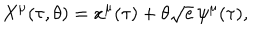
X ^ { \mu } { } ( \tau { } , \theta { } ) = x ^ { \mu } { } ( \tau { } ) + \theta { } \sqrt { e } \, \psi { } ^ { \mu } { } ( \tau { } ) ,